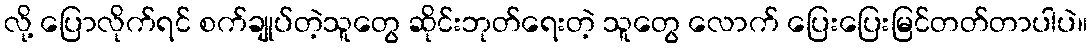
လို့ ပြောလိုက်ရင် စက်ချုပ်တဲ့သူတွေ ဆိုင်းဘုတ်ရေးတဲ့ သူတွေ လောက် ပြေးပြေးမြင်တတ်တာပါပဲ။